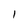
Character: 1